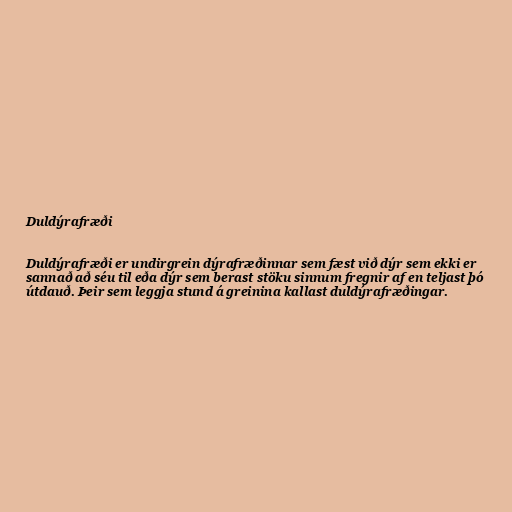
Duldýrafræði

Duldýrafræði er undirgrein dýrafræðinnar sem fæst við dýr sem ekki er
sannað að séu til eða dýr sem berast stöku sinnum fregnir af en teljast þó
útdauð. Þeir sem leggja stund á greinina kallast duldýrafræðingar.